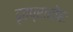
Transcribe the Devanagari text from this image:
दृढप्रारोहः